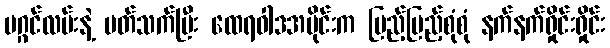
မဂ္ဂင်လမ်းနဲ့ ပတ်သက်ပြီး ထေရဝါဒအပိုင်းက ပြည့်ပြည့်စုံစုံ နက်နက်ရှိုင်းရှိုင်း